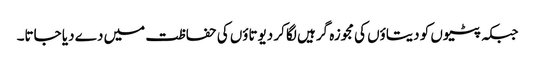
جبکہ پٹیوں کو دیتاؤں کی مجوزہ گرہیں لگا کر دیوتاؤں کی حفاظت میں دے دیا جاتا۔